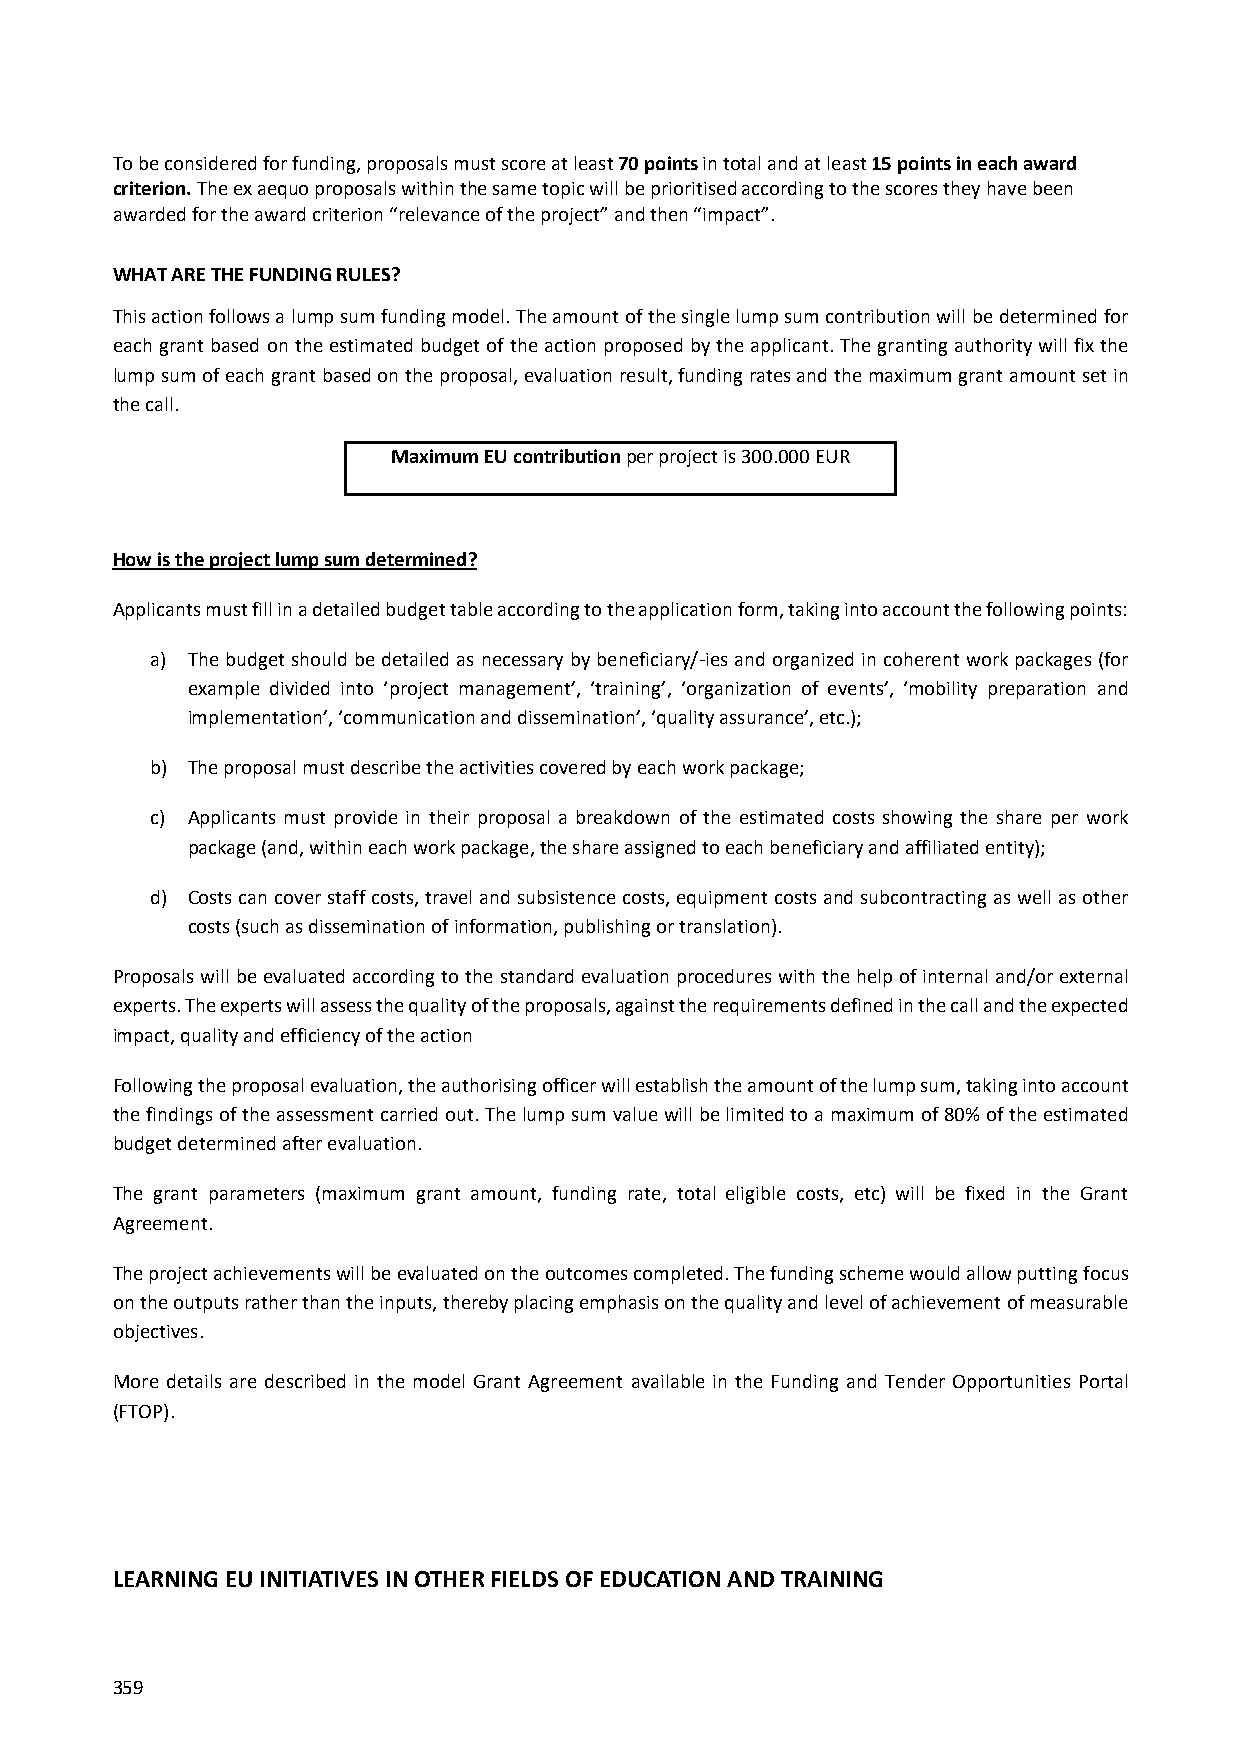
To be considered for funding, proposals must score at least 70 points in total and at least 15 points in each award
 criterion. The ex aequo proposals within the same topic will be prioritised according to the scores they have been
 awarded for the award criterion “relevance of the project” and then “impact”.
 WHAT ARE THE FUNDING RULES?
 This action follows a lump sum funding model. The amount of the single lump sum contribution will be determined for
 each grant based on the estimated budget of the action proposed by the applicant. The granting authority will fix the
 lump sum of each grant based on the proposal, evaluation result, funding rates and the maximum grant amount set in
 the call.
 Maximum EU contribution per project is 300.000 EUR
 How is the project lump sum determined?
 Applicants must fill in a detailed budget table according to the application form, taking into account the following points:
 a) The budget should be detailed as necessary by beneficiary/‐ies and organized in coherent work packages (for
 example divided into ‘project management’, ‘training’, ‘organization of events’, ‘mobility preparation and
 implementation’, ‘communication and dissemination’, ‘quality assurance’, etc.);
 b) The proposal must describe the activities covered by each work package;
 c) Applicants must provide in their proposal a breakdown of the estimated costs showing the share per work
 package (and, within each work package, the share assigned to each beneficiary and affiliated entity);
 d) Costs can cover staff costs, travel and subsistence costs, equipment costs and subcontracting as well as other
 costs (such as dissemination of information, publishing or translation).
 Proposals will be evaluated according to the standard evaluation procedures with the help of internal and/or external
 experts. The experts will assess the quality of the proposals, against the requirements defined in the call and the expected
 impact, quality and efficiency of the action
 Following the proposal evaluation, the authorising officer will establish the amount of the lump sum, taking into account
 the findings of the assessment carried out. The lump sum value will be limited to a maximum of 80% of the estimated
 budget determined after evaluation.
 The grant parameters (maximum grant amount, funding rate, total eligible costs, etc) will be fixed in the Grant
 Agreement.
 The project achievements will be evaluated on the outcomes completed. The funding scheme would allow putting focus
 on the outputs rather than the inputs, thereby placing emphasis on the quality and level of achievement of measurable
 objectives.
 More details are described in the model Grant Agreement available in the Funding and Tender Opportunities Portal
 (FTOP).
 LEARNING EU INITIATIVES IN OTHER FIELDS OF EDUCATION AND TRAINING
 359